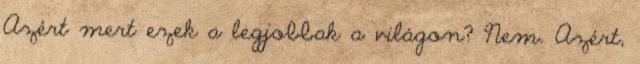
Azért mert ezek a legjobbak a világon? Nem. Azért,